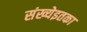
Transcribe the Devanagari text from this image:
संख्येइतका